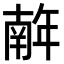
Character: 𢆥